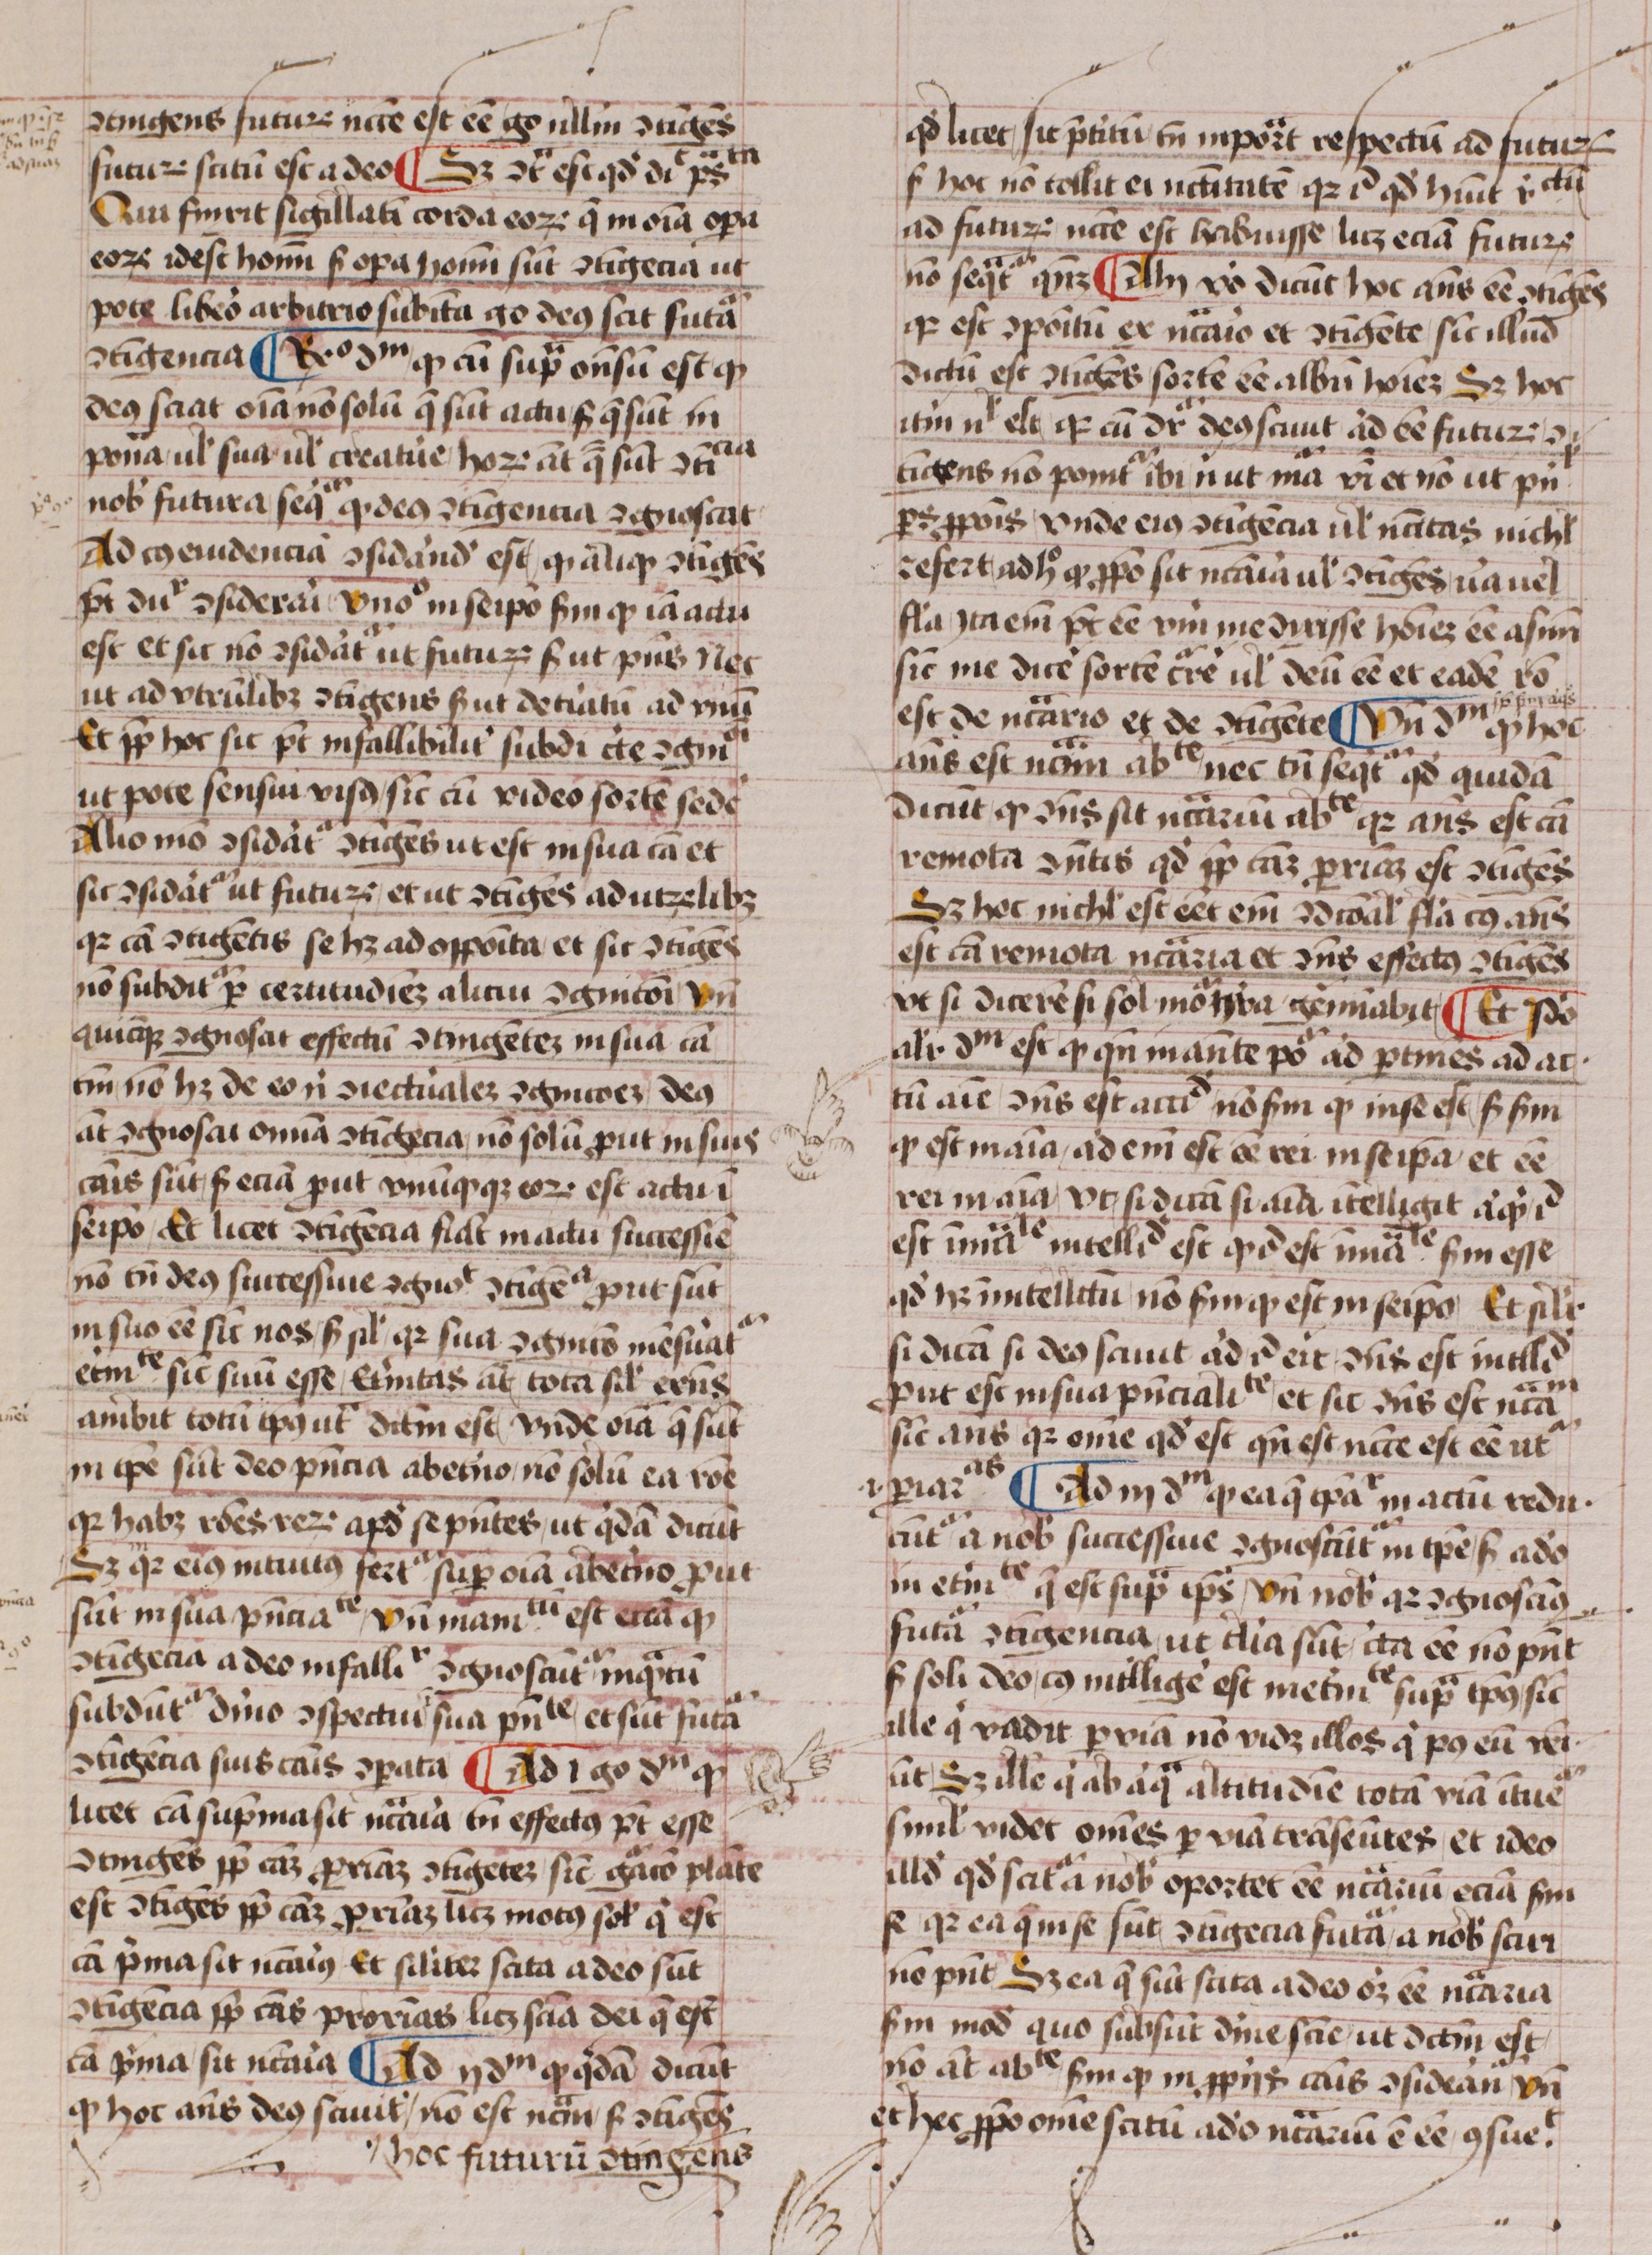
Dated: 1450–1474